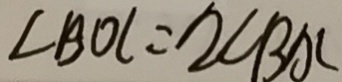
\angle B O C = 2 \angle B A C